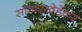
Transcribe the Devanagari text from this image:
साखरखेर्डेकर